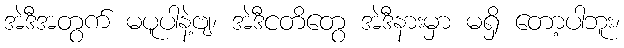
အဲဒီအတွက် မပူပါနဲ့ဗျ၊ အဲဒီငတိတွေ အဲဒီနားမှာ မရှိ တော့ပါဘူး၊